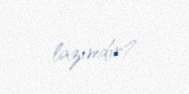
lazımdır?.